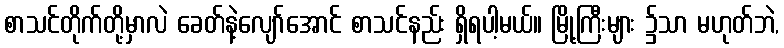
စာသင်တိုက်တို့မှာလဲ ခေတ်နဲ့လျော်အောင် စာသင်နည်း ရှိရပါ့မယ်။ မြို့ကြီးများ ၌သာ မဟုတ်ဘဲ,